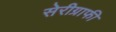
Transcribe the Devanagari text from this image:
सेरीग्राफी